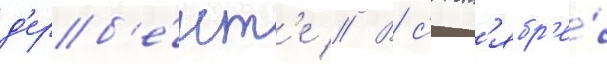
д'ерб'е́нт'е // В с'ент'ябр'е́